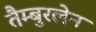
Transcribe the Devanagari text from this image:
तैम्बुरलेन